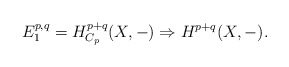
\begin{align*}E^{p,q}_1= H^{p+q}_{C_{p}}(X,-) \Rightarrow H^{p+q}(X,-). \end{align*}